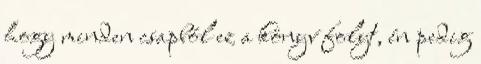
hogy minden csapból ez a könyv folyt, én pedig